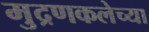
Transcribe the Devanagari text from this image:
मुद्रणकलेच्या